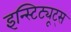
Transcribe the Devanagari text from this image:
इन्स्टिट्यूट्‌स